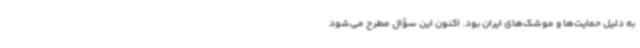
به دلیل حمایت‌ها و موشک‌های ایران بود. اکنون این سؤال مطرح می‌شود